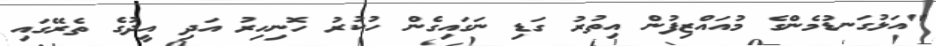
"އަޅުގަނޑުމެންގެ މުއައްޒިފުން އިތުރު ގަޑި ނަގައިގެން ހުކުރު ހޮނިހިރު އަދި އީދުގެ ތެރޭގައި